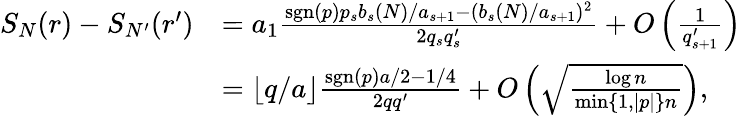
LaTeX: \begin{array}{rl}{S_{N}(r)-S_{N^{\prime}}(r^{\prime})}&{=a_{1}\frac{\mathrm{sgn}(p)p_{s}b_{s}(N)/a_{s+1}-(b_{s}(N)/a_{s+1})^{2}}{2q_{s}q_{s}^{\prime}}+O\left(\frac{1}{q_{s+1}^{\prime}}\right)}\\ &{=\lfloor q/a\rfloor\frac{\mathrm{sgn}(p)a/2-1/4}{2qq^{\prime}}+O\left(\sqrt{\frac{\log n}{\operatorname*{min}\{ 1,|p|\} n}}\right),}\end{array}